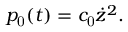
p _ { \mathrm { 0 } } ( t ) = c _ { \mathrm { 0 } } \dot { z } ^ { 2 } .